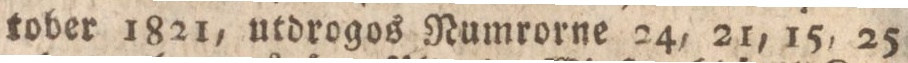
tober 1821, utdrogos Numrorne 24, 21, 15, 25